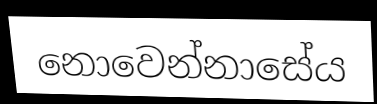
නොවෙන්නාසේය